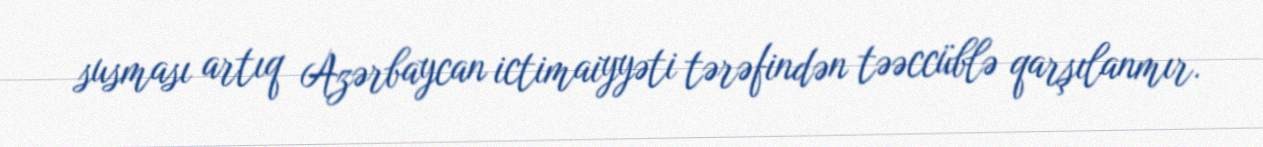
susması artıq Azərbaycan ictimaiyyəti tərəfindən təəccüblə qarşılanmır.